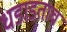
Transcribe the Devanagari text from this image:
धडाडताच